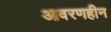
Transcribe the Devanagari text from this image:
आवरणहीन